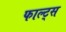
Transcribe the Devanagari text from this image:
फाल्ट्स